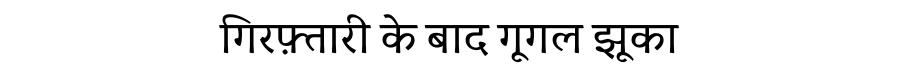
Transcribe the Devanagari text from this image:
गिरफ़्तारी के बाद गूगल झूका